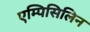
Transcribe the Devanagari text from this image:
एम्पिसिलिन